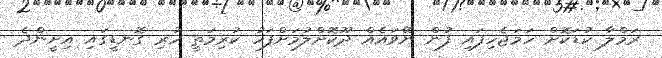
ރަމްލާ ކުޑަކޮށް ހަމަޖެހިފައި ފުން ނޭވައެއް ދޫކޮށްލުމަށްފަހު ކުރިމަތީ ހުރި ގޮނޑީގައި އިށީންދެ